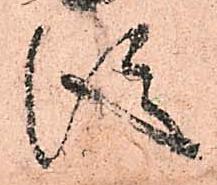
従